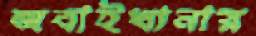
জবাইখানায়